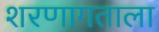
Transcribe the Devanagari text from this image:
शरणागताला